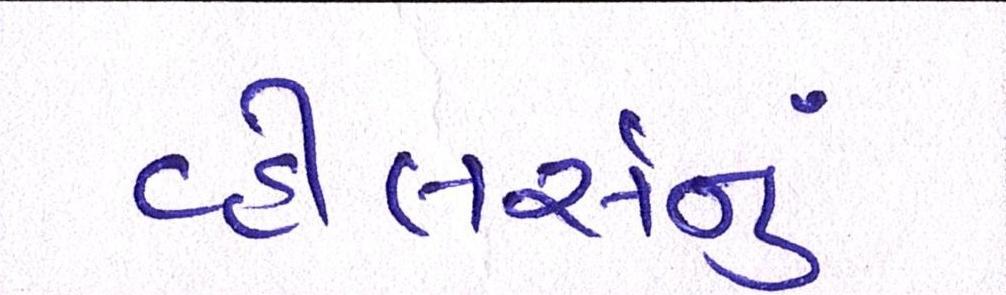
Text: વ્હીલર્સનું